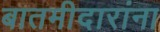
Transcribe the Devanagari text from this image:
बातमीदारांना